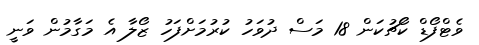
ވެޓްފޯޑް ކޯޗުކަން 18 މަސް ދުވަހު ކުރުމަށްފަހު ޒޯލާ އެ މަގާމުން ވަނީ